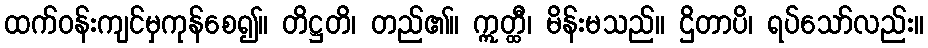
ထက်ဝန်းကျင်မှကုန်စေ၍။ တိဋ္ဌတိ၊ တည်၏။ ဣတ္ထီ၊ မိန်းမသည်။ ဌိတာပိ၊ ရပ်သော်လည်း။